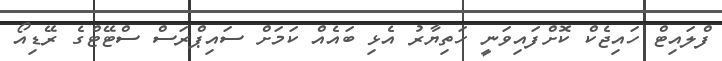
ފްލައިޓް ހައިޖެކް ކޮށްފައިވަނީ ހަތިޔާރު އެޅި ބައެއް ކަމަށް ސައިޕްރަސް ސްޓޭޓްގެ ރޭޑިއޯ